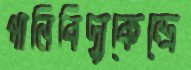
পানিবিদ্যুকেন্দ্রে